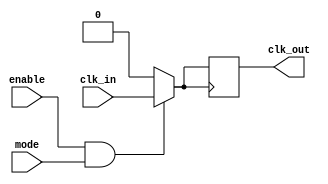
module LowPowerClockBuffer (
    input wire clk_in,          // Input clock signal
    input wire enable,          // Enable signal for clock buffer
    input wire mode,            // Mode select: 0 = Sleep, 1 = Normal
    output reg clk_out          // Buffered clock output
);

// Internal signals for clock buffering
wire buffered_clk;
reg clk_gated;

// Buffering mechanism with simple inverters/buffers
// You can replace the following simple buffer with actual buffer instances
assign buffered_clk = clk_in; // Replace with your multi-stage buffering logic

// Clock gating logic
always @(*) begin
    if (enable && mode) begin
        clk_gated = buffered_clk; // Pass through buffered clock in normal mode
    end else begin
        clk_gated = 1'b0; // Gate the clock in sleep mode
    end
end

// Output assignment
always @(posedge clk_gated) begin
    clk_out <= clk_gated; // Capture the gated clock at positive edge
end

endmodule